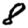
Digit: 8